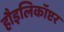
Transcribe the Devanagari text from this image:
हौइलिकॉप्टर